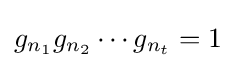
g_{n_{1}}g_{n_{2}}\cdots g_{n_{t}}=1